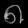
Digit: ၈